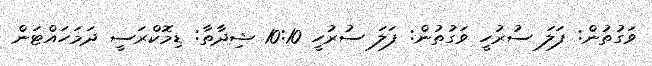
ވަގުތުން: ފަލަ ސުރުހީ ވަގުތުން: ފަލަ ސުރުހީ 10:10 ޝިދާތާ: ޑިމޮކްރަސީ ދަމަހައްޓަން